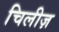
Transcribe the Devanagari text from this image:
चिलीज़